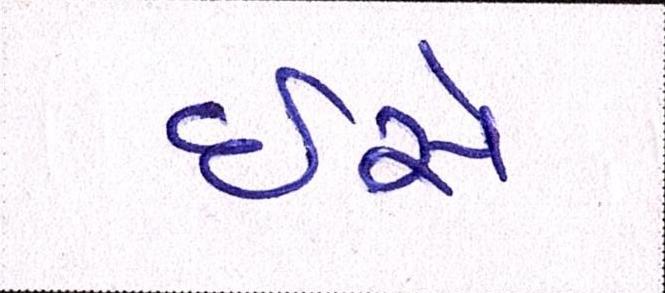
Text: ઇસે